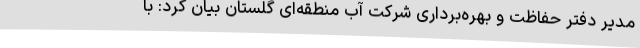
مدیر دفتر حفاظت و بهره‌برداری شرکت آب منطقه‌ای گلستان بیان کرد: با